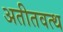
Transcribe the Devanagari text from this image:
अतीतवत्थ